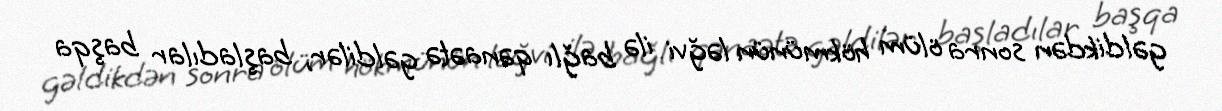
gəldikdən sonra ölüm hökmünün ləğvi ilə bağlı qənaətə gəldilər, başladılar başqa